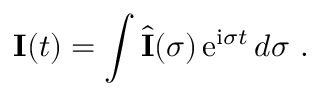
{ \bf \cal I } ( t ) = \int \hat { \bf \cal I } ( \sigma ) \, \mathrm { e } ^ { \mathrm { i } \sigma t } \, d \sigma \ .